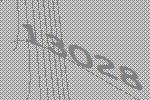
13028